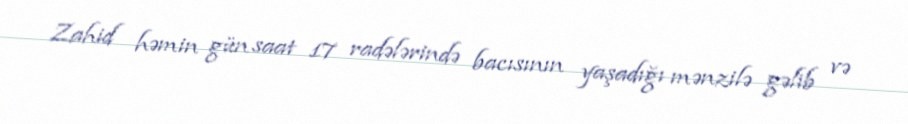
Zahid həmin gün saat 17 radələrində bacısının yaşadığı mənzilə gəlib və